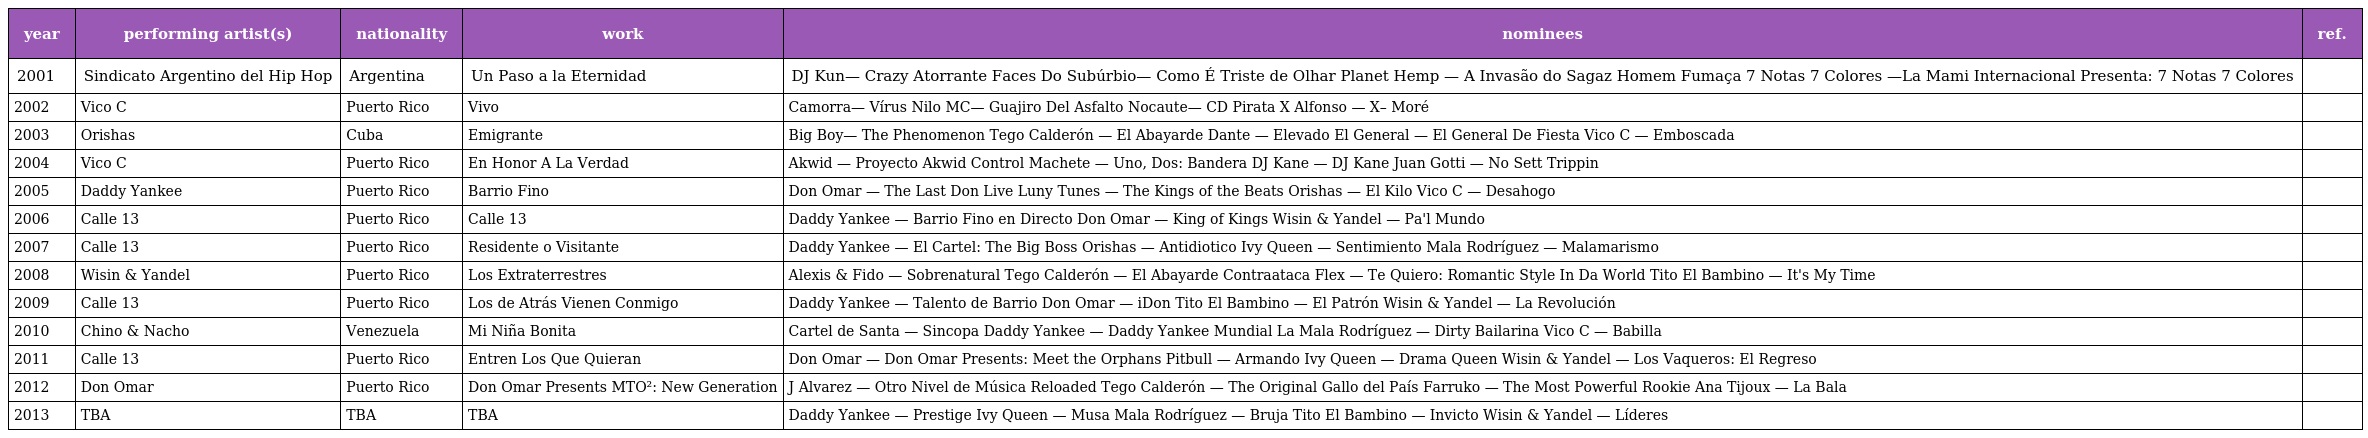
| year | performing artist(s) | nationality | work | nominees | ref. |
 | --- | --- | --- | --- | --- | --- |
 | 2001 | Sindicato Argentino del Hip Hop | Argentina | Un Paso a la Eternidad | DJ Kun— Crazy Atorrante Faces Do Subúrbio— Como É Triste de Olhar Planet Hemp — A Invasão do Sagaz Homem Fumaça 7 Notas 7 Colores —La Mami Internacional Presenta: 7 Notas 7 Colores |  |
 | 2002 | Vico C | Puerto Rico | Vivo | Camorra— Vírus Nilo MC— Guajiro Del Asfalto Nocaute— CD Pirata X Alfonso — X– Moré |  |
 | 2003 | Orishas | Cuba | Emigrante | Big Boy— The Phenomenon Tego Calderón — El Abayarde Dante — Elevado El General — El General De Fiesta Vico C — Emboscada |  |
 | 2004 | Vico C | Puerto Rico | En Honor A La Verdad | Akwid — Proyecto Akwid Control Machete — Uno, Dos: Bandera DJ Kane — DJ Kane Juan Gotti — No Sett Trippin |  |
 | 2005 | Daddy Yankee | Puerto Rico | Barrio Fino | Don Omar — The Last Don Live Luny Tunes — The Kings of the Beats Orishas — El Kilo Vico C — Desahogo |  |
 | 2006 | Calle 13 | Puerto Rico | Calle 13 | Daddy Yankee — Barrio Fino en Directo Don Omar — King of Kings Wisin & Yandel — Pa'l Mundo |  |
 | 2007 | Calle 13 | Puerto Rico | Residente o Visitante | Daddy Yankee — El Cartel: The Big Boss Orishas — Antidiotico Ivy Queen — Sentimiento Mala Rodríguez — Malamarismo |  |
 | 2008 | Wisin & Yandel | Puerto Rico | Los Extraterrestres | Alexis & Fido — Sobrenatural Tego Calderón — El Abayarde Contraataca Flex — Te Quiero: Romantic Style In Da World Tito El Bambino — It's My Time |  |
 | 2009 | Calle 13 | Puerto Rico | Los de Atrás Vienen Conmigo | Daddy Yankee — Talento de Barrio Don Omar — iDon Tito El Bambino — El Patrón Wisin & Yandel — La Revolución |  |
 | 2010 | Chino & Nacho | Venezuela | Mi Niña Bonita | Cartel de Santa — Sincopa Daddy Yankee — Daddy Yankee Mundial La Mala Rodríguez — Dirty Bailarina Vico C — Babilla |  |
 | 2011 | Calle 13 | Puerto Rico | Entren Los Que Quieran | Don Omar — Don Omar Presents: Meet the Orphans Pitbull — Armando Ivy Queen — Drama Queen Wisin & Yandel — Los Vaqueros: El Regreso |  |
 | 2012 | Don Omar | Puerto Rico | Don Omar Presents MTO²: New Generation | J Alvarez — Otro Nivel de Música Reloaded Tego Calderón — The Original Gallo del País Farruko — The Most Powerful Rookie Ana Tijoux — La Bala |  |
 | 2013 | TBA | TBA | TBA | Daddy Yankee — Prestige Ivy Queen — Musa Mala Rodríguez — Bruja Tito El Bambino — Invicto Wisin & Yandel — Líderes |  |